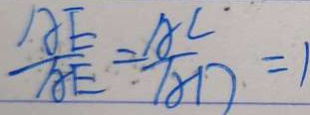
\frac { A E } { A E } = \frac { A C } { A D } = 1